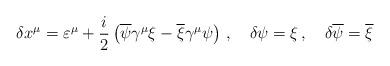
LaTeX: \begin{align*}\delta x^{\mu}=\varepsilon^{\mu}+\frac{i}{2}\left( \overline{\psi}\gamma^{\mu}\xi-\overline{\xi}\gamma^{\mu}\psi\right)\,,\quad\delta\psi=\xi\,,\quad \delta\overline{\psi}=\overline{\xi}\end{align*}